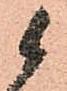
候